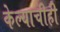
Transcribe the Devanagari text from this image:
केल्याचीही